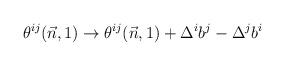
LaTeX: \begin{align*}\theta^{ij}(\vec n,1) \to \theta^{ij}(\vec n,1) +\Delta^i b^j - \Delta^j b^i\end{align*}